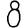
Digit: 8